Lunatic asylums Punjab 1881-1894 - 1881-1894
Year: 1881
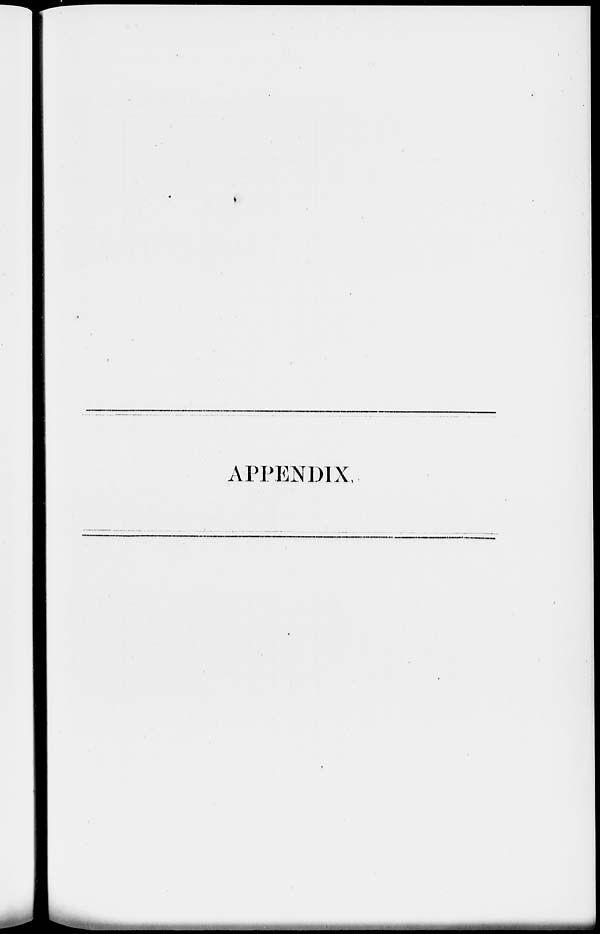
APPENDIX